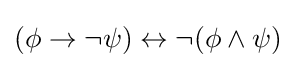
(\phi \to \neg \psi )\leftrightarrow \neg (\phi \land \psi )